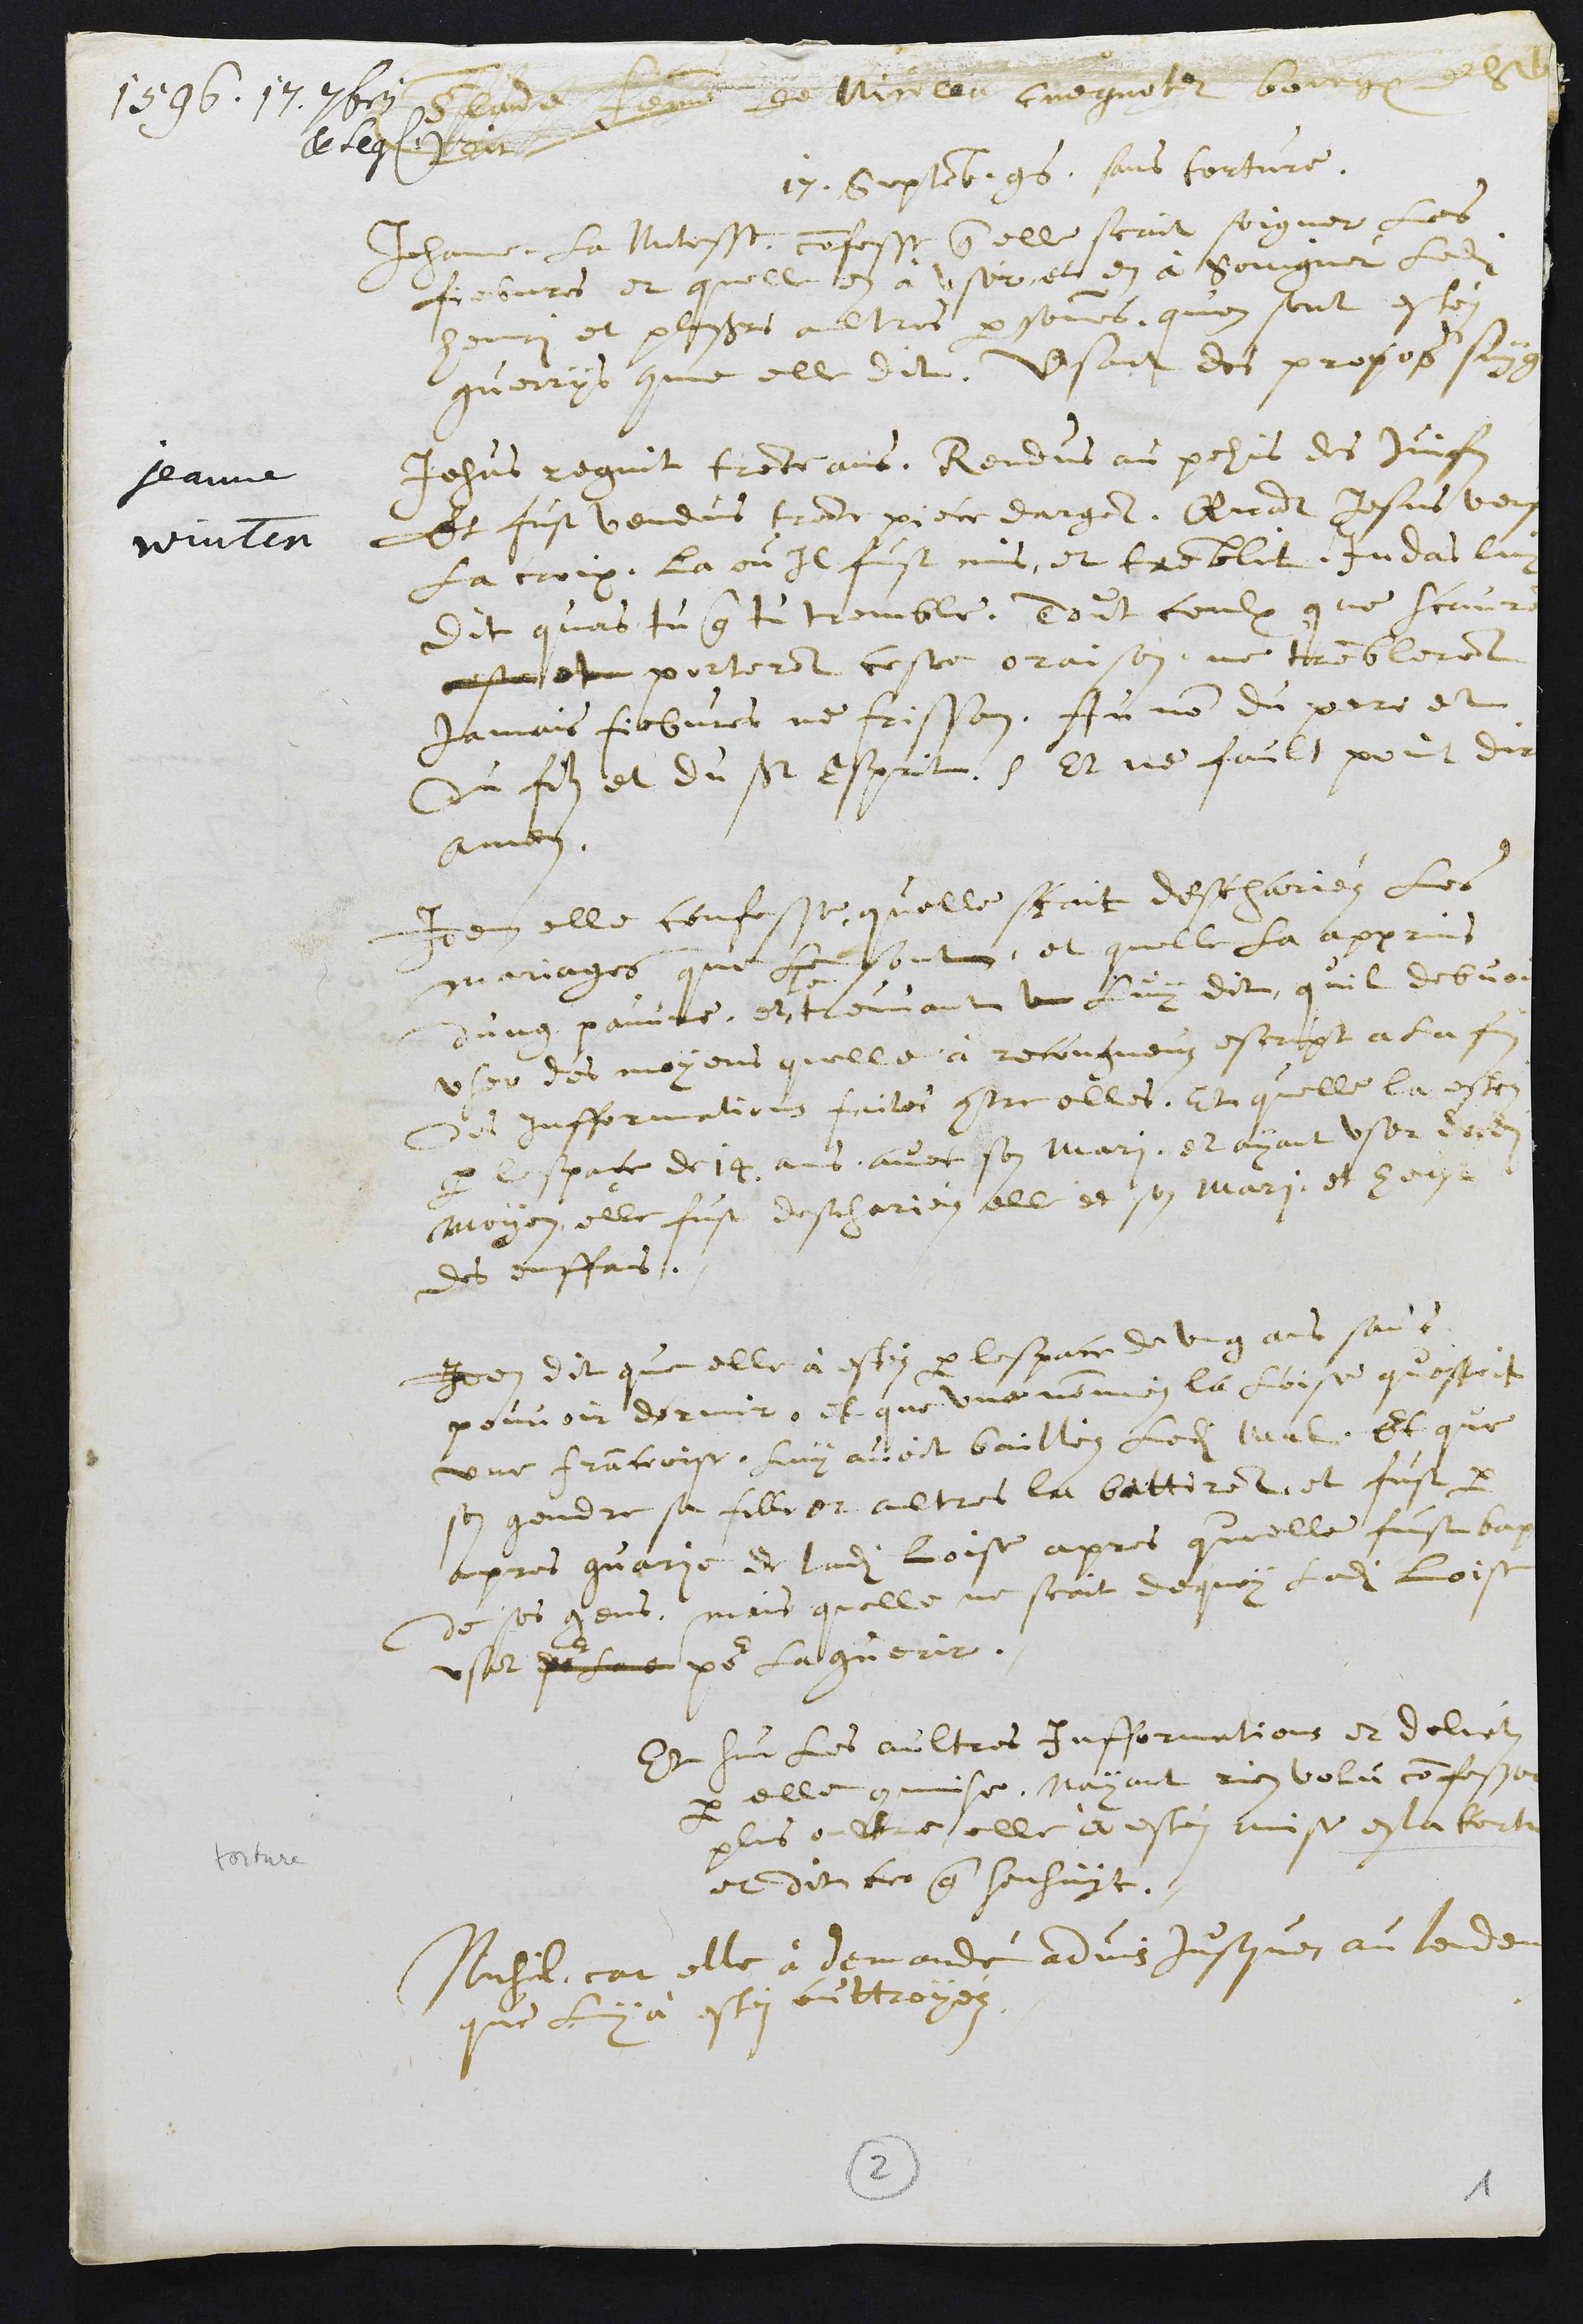
1596. 17. 7bris
et sequenti
Claude femme de Nicola cuegnotet bourgeois de S Ursanne
dit
Jeanne
Winten
17. Septemb. 96, sans torture.
Jehanne la Mitesse confesse que elle scait soigner les
fiebvres et quelle en a user, et en à soingner ledit
henri et plusieurs aultres personnes, qu'on sont estei
guerrys comme elle dit, usant des propos suygans
Jesus regnit trente ans, Rendus au pehis des Juifz
Et fust vendus trente piece dargent, Quant Jesus veust
la croix, la ou il fust mis, et tremblit. Judas luy
Dit quas tu que tu tremble, dout ceulx que scauront
ceste et porteront ceste oraison, ne trembleront
jamais fiebvres ne frisson, Au nom du pere et
du filz et du St Esprit. Et ne fault point dire
amen.
Item elle confesse quelle scait deschariéz les
mariages que le sont, et quelle la apprins
dung pauvre, et
le
treuvant un luy dit quil debvoit
user des moyens quelle a recongneuz escript a la fin
des infformations faites contre elles, Et quelle la ostei
par lespace de 14 ans avec son mari, et ayant user desdits
moyen elle fust descharier elle et son mari, et heust
des enffans.
Item dit que elle à estéz par lespace de ung ans sans
pouvoir dormir, et que une nommei la Loise questoit
une franceoise luy avoit bailléz ledit mal. Et que
son gendre sa fille et aultres la battirent et fust par
apres guarie et ladite Loise apres quelle fust baptue
de ses gens, mais quelle ne scait de quoy ladite Loise
usat pour la o pour la guerir
Et sur les aultres Infformations et delictz
par elle commise, nayant rien volu confesser
plus oultre, elle a estei mise en la torture
et dit ce que sensuyt.
Nichil, car elle à demandé advis jusques au lendemain
que luy à estei outtroyéz.
2
1